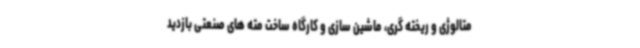
متالوژی و ریخته گری، ماشین سازی و کارگاه ساخت مته های صنعتی بازدید